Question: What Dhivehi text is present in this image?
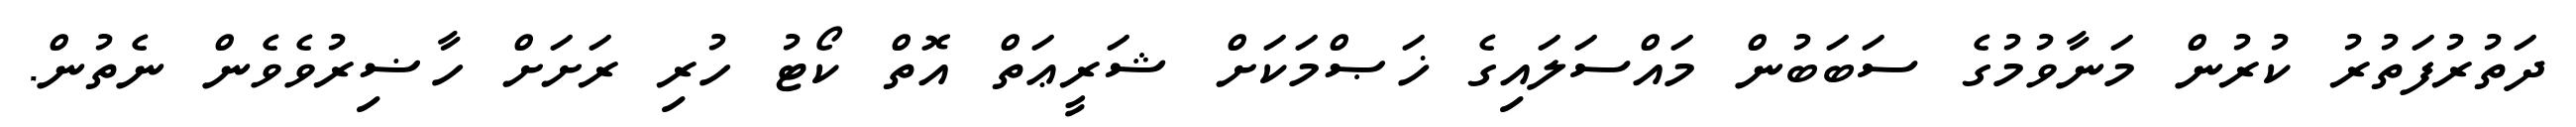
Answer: ދަތުރުފަތުރު ކުރުން މަނާވުމުގެ ސަބަބުން މައްސަލައިގެ ޚަޞްމަކަށް ޝަރީޢަތް އޮތް ކޯޓު ހުރި ރަށަށް ހާޟިރުވެވެން ނެތުން.